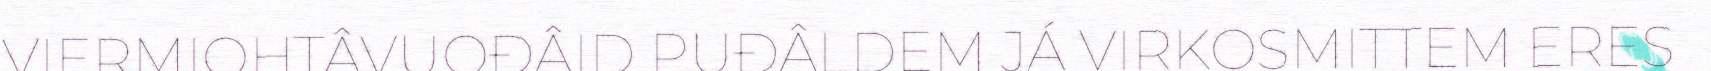
VIERMIOHTÂVUOĐÂID PUĐÂLDEM JÁ VIRKOSMITTEM ERES